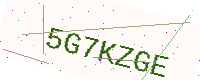
Text: 5G7KZGE